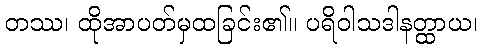
တဿ၊ ထိုအာပတ်မှထခြင်း၏။ ပရိဝါသဒါနတ္ထာယ၊